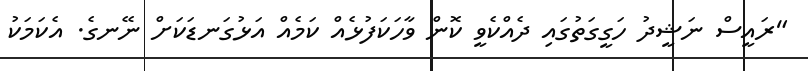
"ރައީސް ނަޝީދު ހަގީގަތުގައި ދެއްކެވީ ކޮން ވާހަކަފުޅެއް ކަމެއް އަޅުގަނޑަކަށް ނޭނގެ. އެކަމަކު